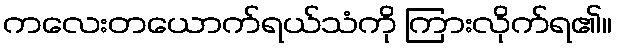
ကလေးတယောက်ရယ်သံကို ကြားလိုက်ရ၏။